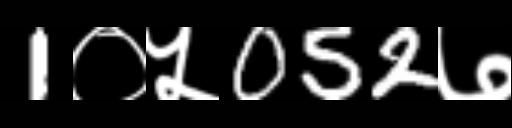
Text: 1०५052७